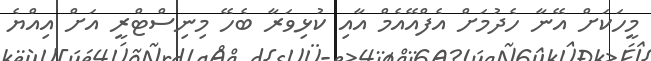
މީހަކަށް އޭނާ ހެދުމަށް އެފްއޭއެމް އާއި ކުޅިވަރާ ބެހޭ މިނިސްޓްރީ އަށް އިއްޔެ